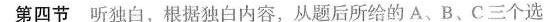
第四节 听独白，根据独白内容，从题后所给的 A、B、C三个选